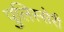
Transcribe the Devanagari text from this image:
पुलिस्सेरी